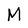
Character: M